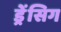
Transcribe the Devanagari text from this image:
ड्रेंसिग